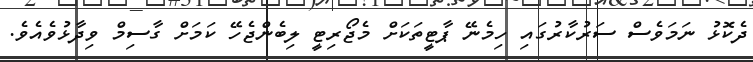
ދެކޮޅު ނަމަވެސް ސަރުކާރުގައި ހިމެނޭ ޕާޓީތަކަށް މެޖޯރިޓީ ލިބެންޖެހޭ ކަމަށް ގާސިމް ވިދާޅުވެއެވެ.